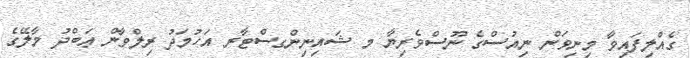
ގެއްލިފައިވާ މިނިވަން ނިއުސްގެ ނޫސްވެރިޔާ މ ޝައިނިންގސްޓާރ އަހުމަދު ރިލްވާން ޢަބްދު މާލޭގެ